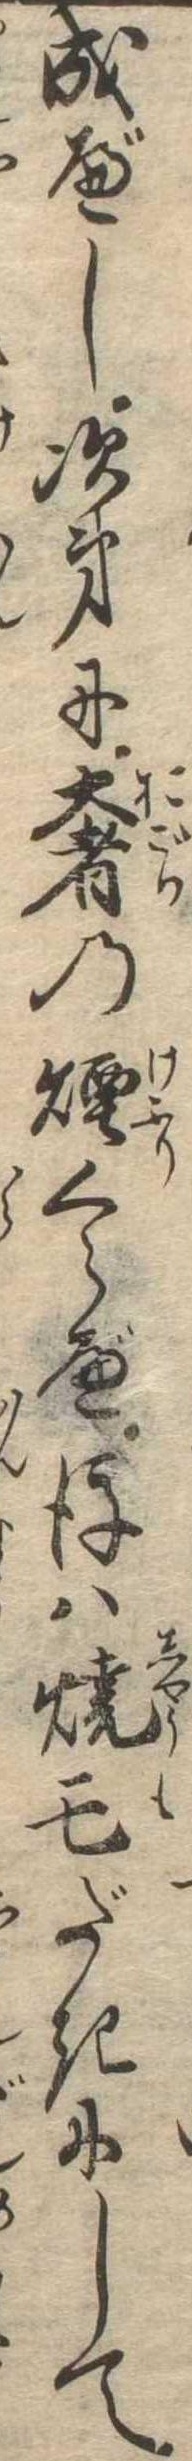
成べし次第に奢の煙くらべ後は焼亡だきにして